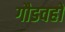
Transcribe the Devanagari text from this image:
गौडवहो